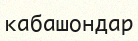
кабашондар